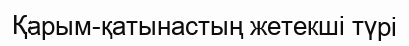
Қарым-қатынастың жетекші түрі